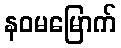
နဝမမြောက်